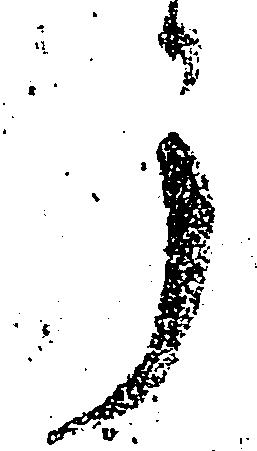
了